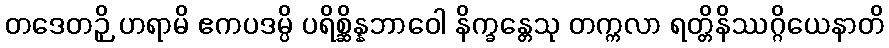
တဒေတဉှိ ဟရာမိ ဧကပဒမ္ပိ ပရိစ္ဆိန္နဘာဝေါ နိက္ခန္တေသု တက္ကလာ ရတ္တိနိဿဂ္ဂိယေနာတိ